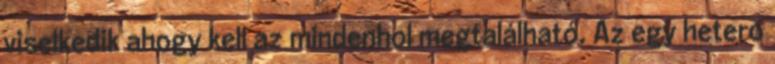
viselkedik ahogy kell az mindenhol megtalálható. Az egy hetero